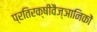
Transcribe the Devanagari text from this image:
प्रतिरक्षीवैज्ञानिकों